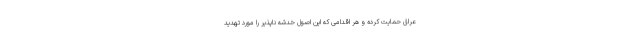
عراق حمایت کرده و هر اقدامی که این اصول خدشه ناپذیر را مورد تهدید